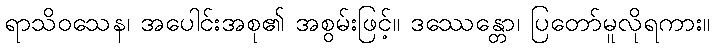
ရာသိဝသေန၊ အပေါင်းအစု၏ အစွမ်းဖြင့်။ ဒဿေန္တော၊ ပြတော်မူလိုရကား။